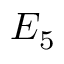
E _ { 5 }